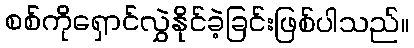
စစ်ကိုရှောင်လွှဲနိုင်ခဲ့ခြင်းဖြစ်ပါသည်။